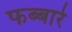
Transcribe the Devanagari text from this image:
फब्बारे